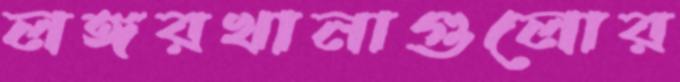
লঙ্গরখানাগুলোর